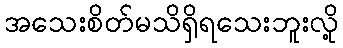
အသေးစိတ်မသိရှိရသေးဘူးလို့